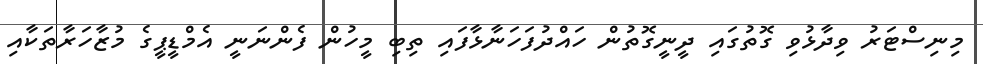
މިނިސްޓަރު ވިދާޅުވި ގޮތުގައި ދީނީގޮތުން ހައްދުފަހަނާޅާފައި ތިބި މީހުން ފެންނަނީ އެމްޑީޕީގެ މުޒާހަރާތަކާއި